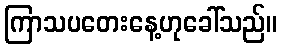
ကြာသပတေးနေ့ဟုခေါ်သည်။